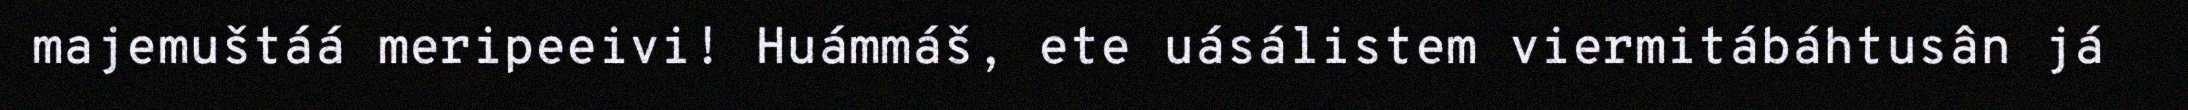
majemuštáá meripeeivi! Huámmáš, ete uásálistem viermitábáhtusân já